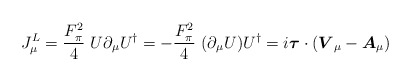
\begin{align*}J_\mu^L=\frac{F_\pi^2}{4}~U\partial_\mu U^\dag = -\frac{F_\pi^2}{4} ~(\partial_\mu U)U^\dag = i\mbox{\boldmath$\tau$}\cdot ( \mbox{\boldmath$V$}_\mu -\mbox{\boldmath$A$}_\mu )\end{align*}